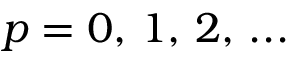
p = 0 , \, 1 , \, 2 , \, . . .